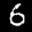
Digit: 6